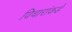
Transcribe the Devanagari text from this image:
विचारांकडे